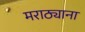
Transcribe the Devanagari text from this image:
मराठ्याना